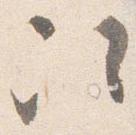
次